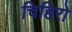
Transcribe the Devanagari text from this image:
चिहिरो